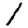
Digit: 1